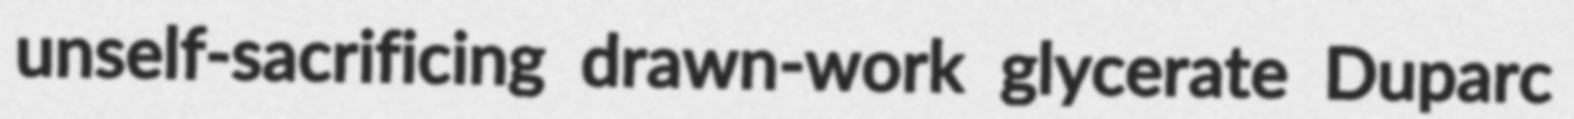
unself-sacrificing drawn-work glycerate Duparc